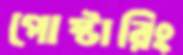
পোস্টারিং